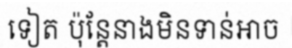
ទៀត ប៉ុន្តែនាងមិនទាន់អាច